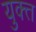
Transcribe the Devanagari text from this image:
युक्त्त